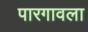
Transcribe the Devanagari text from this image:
पारगावला